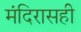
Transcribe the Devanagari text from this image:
मंदिरासही